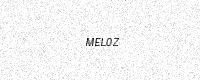
Text: MEL0Z